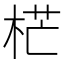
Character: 𣒣